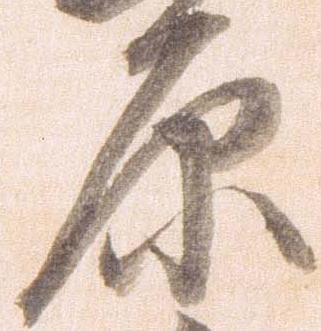
原